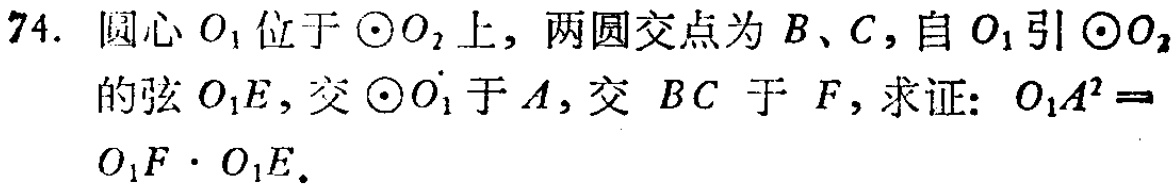
74. 圆心\(O_1\)位于\(\odot O_2\)上，两圆交点为\(B\)、\(C\)，自\(O_1\)引\(\odot O_2\)的弦\(O_1E\)，交\(\odot O_1\)于\(A\)，交 \(BC\) 于 \(F\)，求证：\(O_1A^{2}=O_1F\cdot O_1E\)。